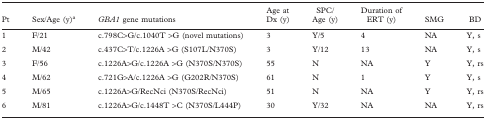
<table><thead><tr><td><b>Pt</b></td><td><b>Sex/Age (y)<sup>a</sup></b></td><td><b><i>GBA1</i> gene mutations</b></td><td><b>Age at Dx (y)</b></td><td><b>SPC/Age (y)</b></td><td><b>Duration of ERT (y)</b></td><td><b>SMG</b></td><td><b>BD</b></td></tr></thead><tbody><tr><td>1</td><td>F/21</td><td>c.798C&gt;G/c.1040T &gt;G (novel mutations)</td><td>3</td><td>Y/5</td><td>4</td><td>NA</td><td>Y, s</td></tr><tr><td>2</td><td>M/42</td><td>c.437C&gt;T/c.1226A &gt;G (S107L/N370S)</td><td>3</td><td>Y/12</td><td>13</td><td>NA</td><td>Y, s</td></tr><tr><td>3</td><td>F/56</td><td>c.1226A&gt;G/c.1226A &gt;G (N370S/N370S)</td><td>55</td><td>N</td><td>NA</td><td>Y</td><td>Y, rs</td></tr><tr><td>4</td><td>M/62</td><td>c.721G&gt;A/c.1226A &gt;G (G202R/N370S)</td><td>61</td><td>N</td><td>1</td><td>Y</td><td>Y, s</td></tr><tr><td>5</td><td>M/65</td><td>c.1226A&gt;G/RecNci (N370S/RecNci)</td><td>51</td><td>N</td><td>NA</td><td>Y</td><td>Y, rs</td></tr><tr><td>6</td><td>M/81</td><td>c.1226A&gt;G/c.1448T &gt;C (N370S/L444P)</td><td>30</td><td>Y/32</td><td>NA</td><td>NA</td><td>Y, rs</td></tr></tbody></table>